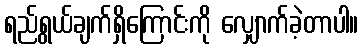
ရည်ရွယ်ချက်ရှိကြောင်းကို လျှောက်ခဲ့တာပါ။